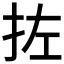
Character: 𪭥